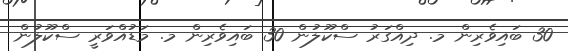
30 ބައިވެރިން މ. ދިއްގަރު ސްކޫލުން 30 ބައިވެރިން މ. މަޑުއްވަރީ ސްކޫލުން